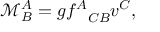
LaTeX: \mathcal { M } _ { B } ^ { A } = g { f ^ { A } } _ { C B } v ^ { C } ,